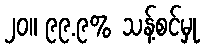
၂၀။ ၉၉.၉% သန့်စင်မှု